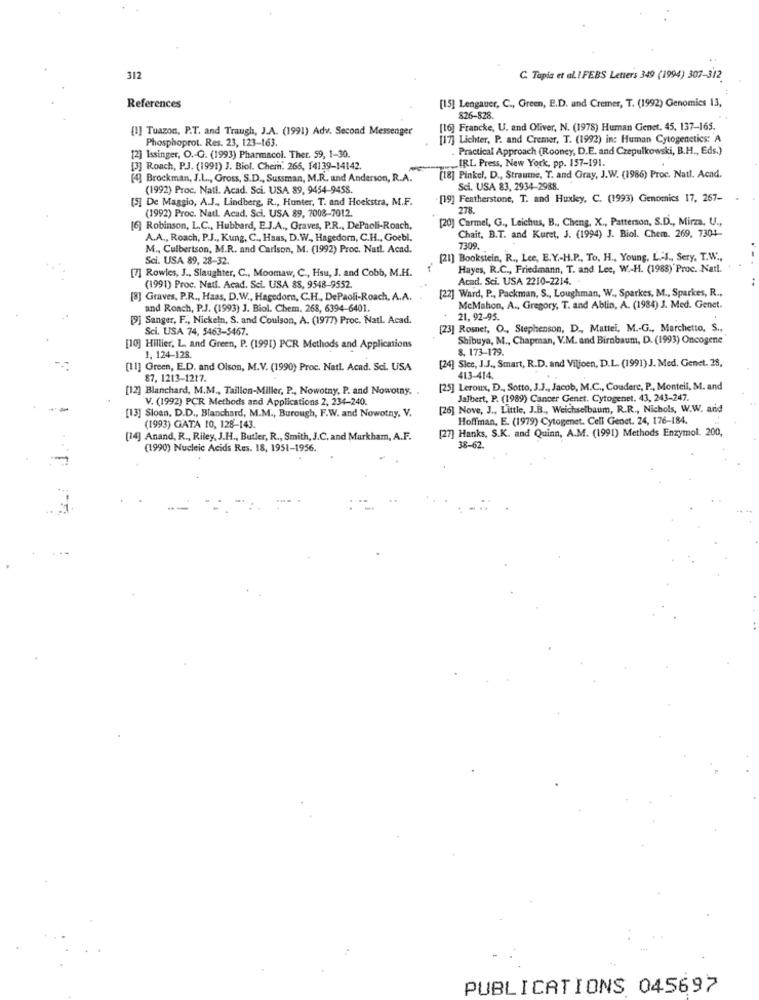
312
C. Tapia et al. IFEBS Letters 349 (1994) 307-312
References
[15] Lengauer, C ., Green, E.D. and Cremer, T. (1992) Genomics 13,
826-828.
[!] Tuazon, P.T. and Traugh, J.A. (1991) Adv. Second Messenger
[16] Francke, U. and Oliver, N. (1978) Human Genet. 45, 137-165.
Phosphoprot. Res. 23, 123-163.
[17] Lichter, P. and Cremer, T. (1992) in: Human Cytogenetics: A
Practical Approach (Rooney, D.E. and Czepulkowski, B.H ., Eds.)
[2] Issinger, O .- G. (1993) Pharmacol. Ther. 59, 1-30.
IRL Press, New York, pp. 157-191.
[3] Ronch, P.J. (1991) J. Biol. Chein. 266, 14139-14142.
[4] Brockman, J.L ., Gross, S.D ., Sussman, M.R. und Anderson, R.A.
[18] Pinkel, D ., Straume, T. and Gray, J.W. (1986) Proc. Natl. Acad.
(1992) Proc. Nati. Acad. Sci. USA 89, 9454-9458.
Sci. USA 83, 2934-2988.
[5] De Maggio, A.J ., Lindberg, R ., Hunter, T. and Hoekstra, M.F.
Featherstone, T. and Huxley, C. (1993) Genomics 17, 267-
(1992) Proc. Natl. Acad, Sci. USA 89, 7008-7012.
278.
[20] Carmel, G ., Leichus, B ., Cheng, X ., Patterson, S.D ., Mirza, U .,
[6] Robinson, L.C ., Hubbard, E.J.A ., Graves, P.R ., DePaoli-Ronch,
A.A ., Roach, P.J ., Kung, C ., Haas, D.W ., Hagedorn, C.H ., Goebl.
Chait, B.T. and Kuret, J. (1994) 3. Biol. Chem. 269, 7304-
M ., Culbertson, M.R. and Carlson, M. (1992) Proc. Natl. Acad.
7309.
Sci. USA 89, 28-32.
[21] Bookstein, R ., Lee, E.Y .- H.P ., To, H ., Young, L .- I ., Sery, T.W .,
[7] Rowies, J ., Slaughter, C ., Moomaw, C ., Hsu, J. and Cobb, M.H.
Hayes, R.C ., Friedmann, T. and Lee, W .- H. (1988)' Proc. Natl.
Acad. Sci. USA 2210-2214.
(1991) Proc. Natl. Acad. Sci. USA 88, 9548-9552.
[22] Ward, P ., Packman, S ., Loughman, W ., Sparkes, M ., Sparkes, R .,
[8] Graves, P.R ., Haas, D.W ., Hagedorn, C.H ., DePaoli-Roach, A.A.
and Ronch, P.J. (1993) J. Biol. Chem. 268, 6394-6401.
McMahon, A ., Gregory, T. and Ablin, A. (1984) J. Med. Genet.
[9] Sanger, F ., Nickeln, S. and Coulson, A. (1977) Proc. Natl. Acad.
21, 92-95.
Sci. USA 74, 5463-5467.
[23] Rosnet, O ., Stephenson, D ., Mattel, M .- G ., Marchetto, S .,
Shibuya, M ., Chapman, V.M. and Birnbaum, D. (1993) Oncogene
[10] Hillier, L. and Green, P. (1991) PCR Methods and Applications
8. 173-179
1. 124-128.
[11] Green, E.D. and Olson, M.V. (1990) Proc. Natl. Acad. Sci. USA
[24] Slee, J.J ., Smart, R.D. and Viljoen, D.L. (1991) J. Med. Genet. 28,
87, 1213-1217.
413-414.
..
[12] Blanchard, M.M ., Taillon-Miller, P ., Nowotny, P. and Nowotny, .
[25] Leroux, D ., Sotto, J.J ., Jacob, M.C ., Couderc, P ., Montell, M. and
V. (1992) PCR Methods and Applications 2, 234-240.
Jalbert, P. (1989) Cancer Genet. Cytogenet. 43, 243-247.
[26] Nove, J ., Little, J.B ., Weichselbaum, R.R ., Nichols, W.W. and
[13] Sloan, D.D ., Blanchard, M.M ., Burough, F.W. and Nowotny, V.
Hoffman, E. (1979) Cytogenet. Cell Genet. 24, 176-184.
(1993) GATA 10, 128-143.
[27] Hanks, S.K. and Quinn, A.M. (1991) Methods Enzymol. 200,
[14] Anand, R ., Riley, J.H ., Butler, R ., Smith, J.C. and Markham, A.F.
(1990) Nucleic Acids Res. 18, 1951-1956.
38-62.
PUBLICATIONS 045697